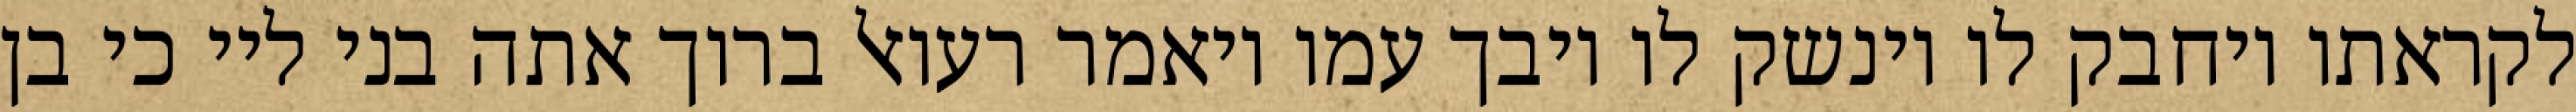
לקראתו ויחבק לו וינשק לו ויבך עמו ויאמר רעואל ברוך אתה בני ליי כי בן